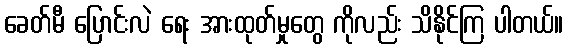
ခေတ်မီ ပြောင်းလဲ ရေး အားထုတ်မှုတွေ ကိုလည်း သိနိုင်ကြ ပါတယ်။